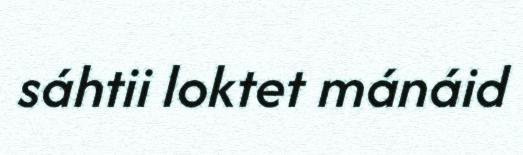
sáhtii loktet mánáid